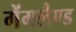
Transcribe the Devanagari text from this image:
गेंगलैण्ड